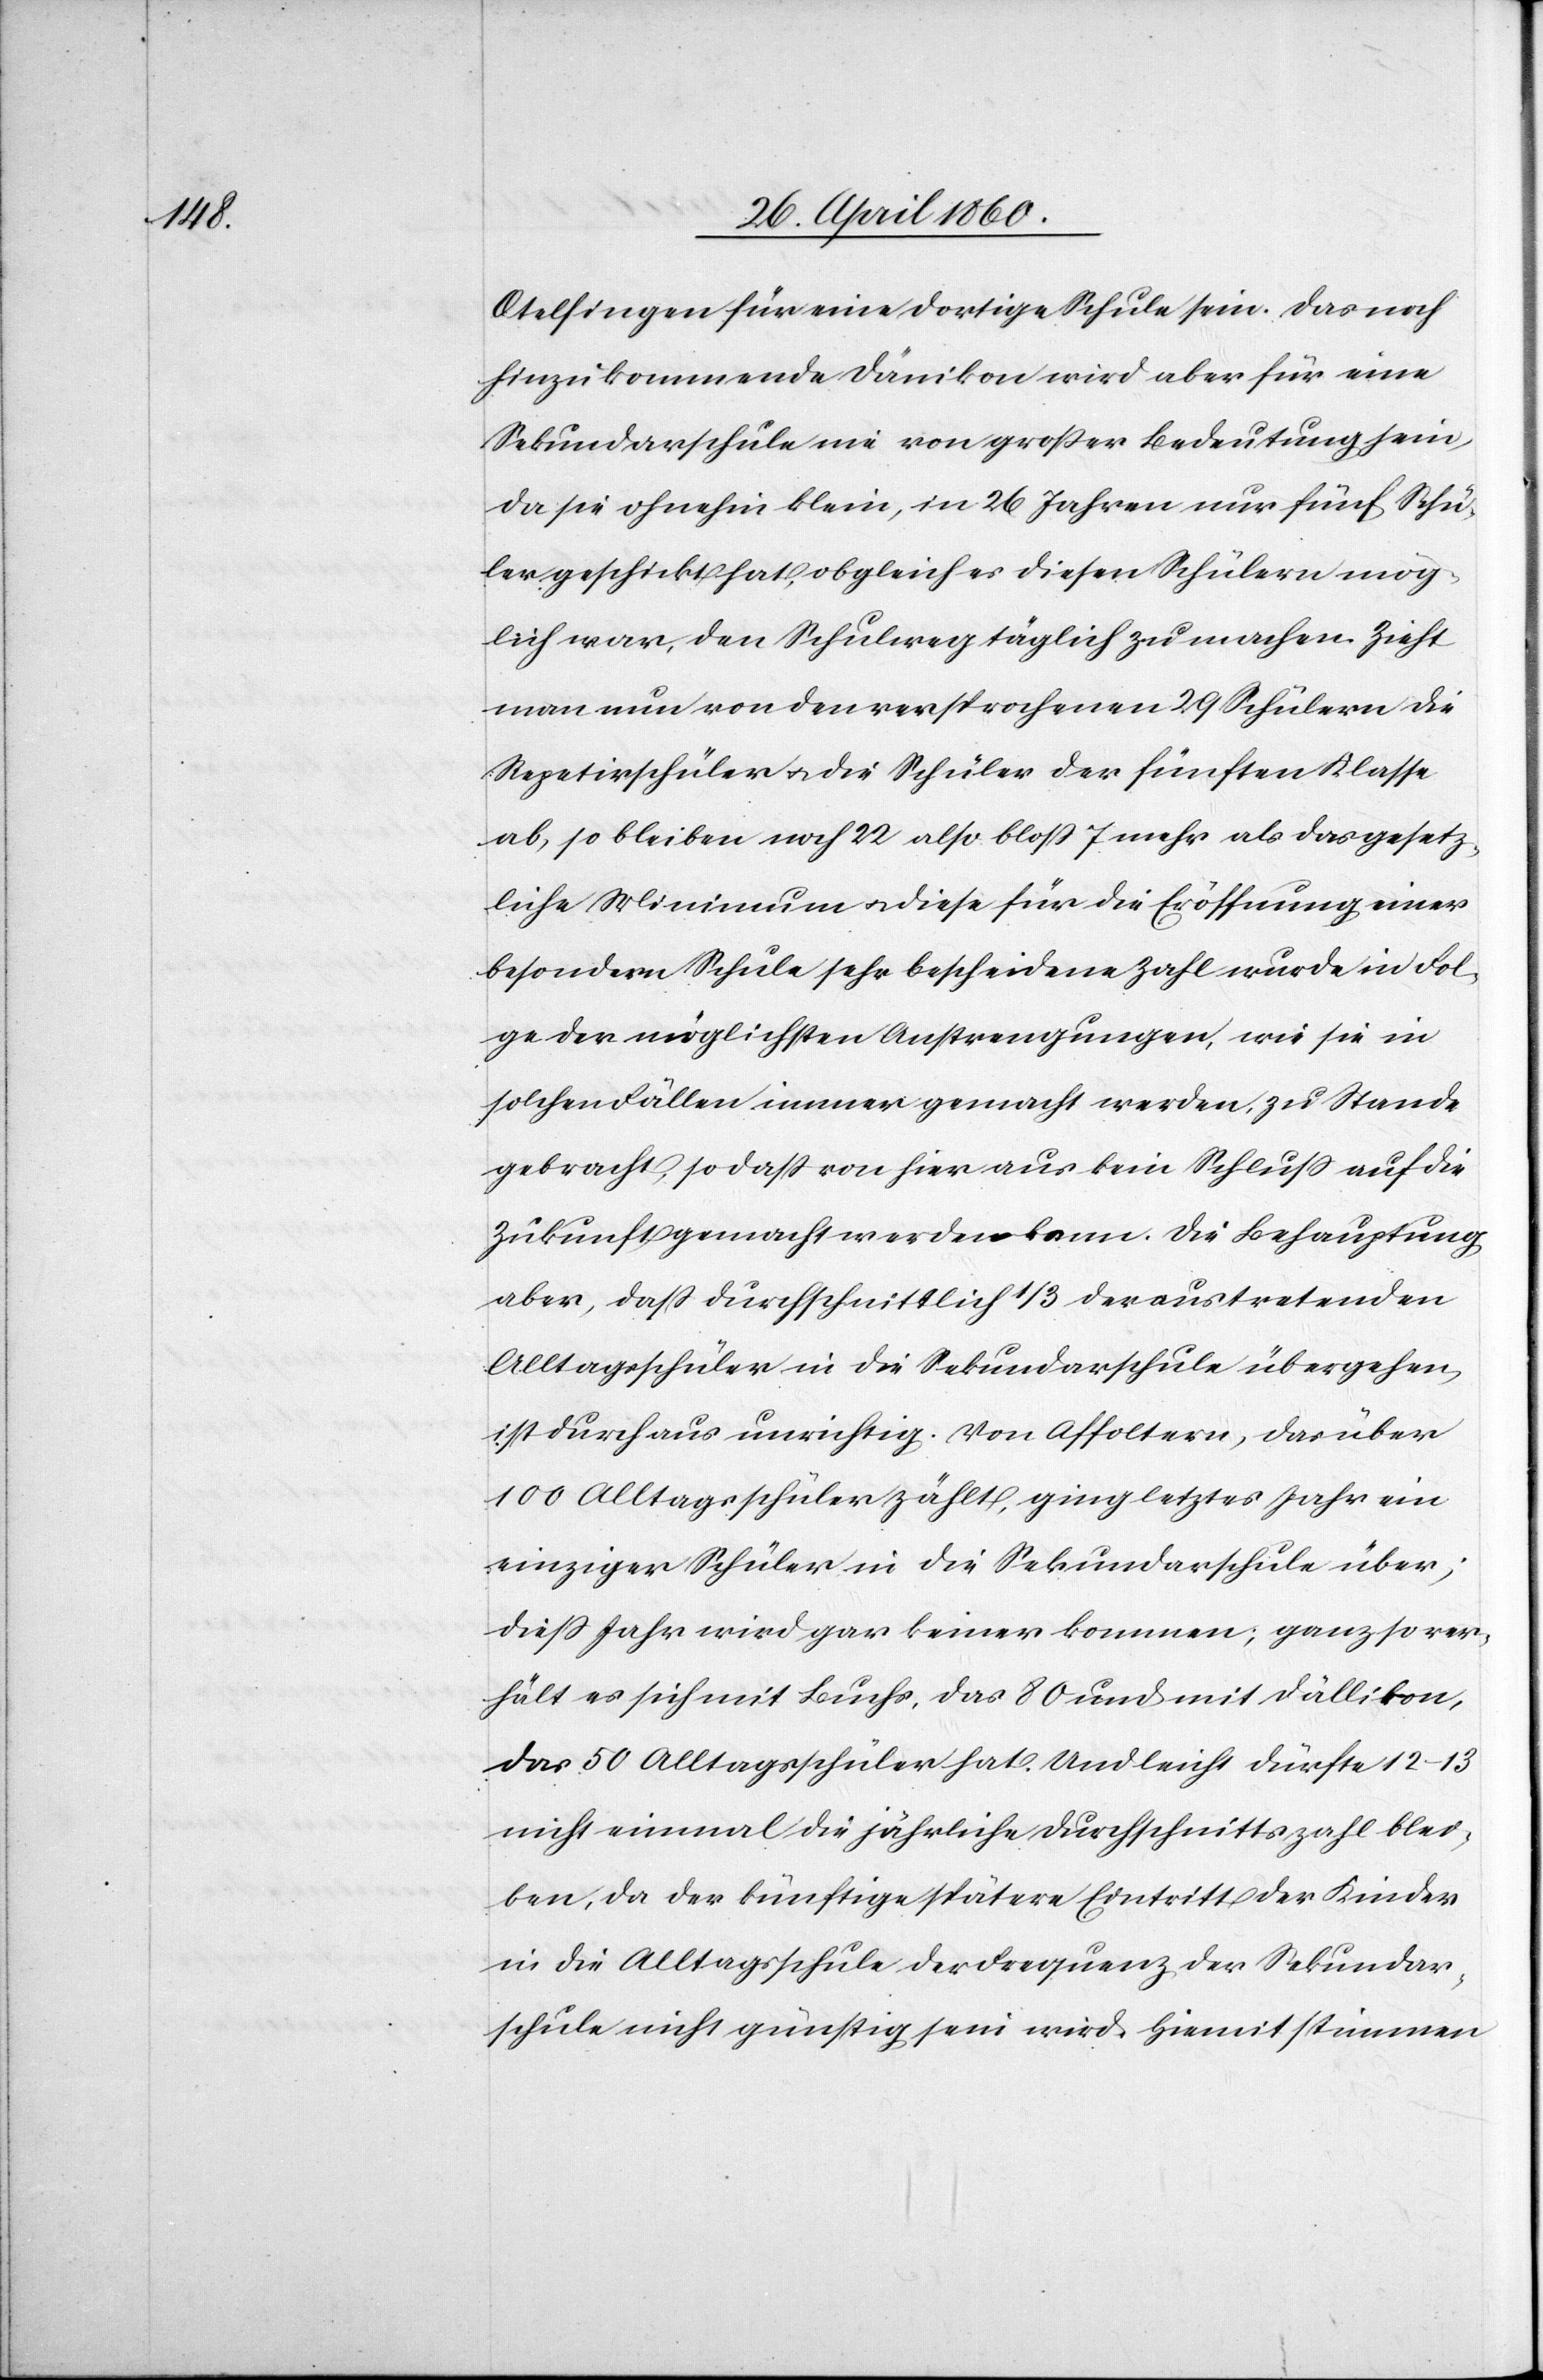
Otelfingen für eine dortige Schule sein. Das noch
hinzu kommende Dänikon wird aber für eine
Sekundarschule nie von grosser Bedeutung sein,
da sie ohnehin klein, in 26 Jahren nur fünf Schü¬
ler geschickt hat, obgleich es diesen Schülern mög¬
lich war, den Schulweg täglich zu machen. Zieht
man nun von den versprochenen 29 Schülern die
Repetirschüler u. die Schüler der fünften Klasse
ab, so bleiben noch 22 also bloss 7 mehr als das gesetz¬
liche Minimum u. diese für die Eröffnung einer
besondern Schule sehr bescheidene Zahl wurde in Fol¬
ge der möglichsten Anstrengungen, wie sie in
solchen Fällen immer gemacht werden, zu Stande
gebracht, so dass von hier aus kein Schluss auf die
Zukunft gemacht werden kann. Die Behauptung
aber, dass durchschnittlich 1/3 der austretenden
Alltagsschüler in die Sekundarschule übergehen,
ist durchaus unrichtig. Von Affoltern, das über
100 Alltagsschüler zählt, ging letztes Jahr ein
einziger Schüler in die Sekundarschule über;
diess Jahr wird gar keiner kommen; ganz so ver¬
hält es sich mit Buchs, das 80 und mit Dällikon,
das 50 Alltagsschüler hat. Und leicht dürfte 12–13
nicht einmal die jährliche Durchschnittszahl blei¬
ben, da der künftige spätere Eintritt der Kinder
in die Alltagsschule der Frequenz der Sekundar¬
schule nicht günstig sein wird. Hiemit stimmen